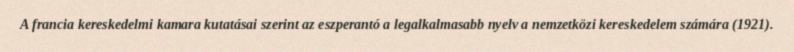
A francia kereskedelmi kamara kutatásai szerint az eszperantó a legalkalmasabb nyelv a nemzetközi kereskedelem számára (1921).